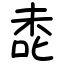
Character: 㖝